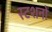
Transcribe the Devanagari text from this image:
स्टशनों